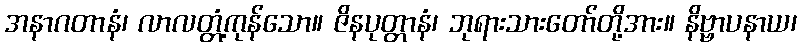
အနာဂတာနံ၊ လာလတ္တံ့ကုန်သော။ ဇိနပုတ္တာနံ၊ ဘုရားသားတော်တို့အား။ နိဗ္ဗာပနာယ၊